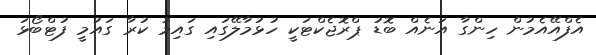
އެފްއޭއެމުން ހިންގާ އަނެއް ބޮޑު ޕްރޮޖެކްޓަކީ ހުޅުމާލޭގައި ގައިމު ކުރާ ގައުމީ ފުޓްބޯޅަ